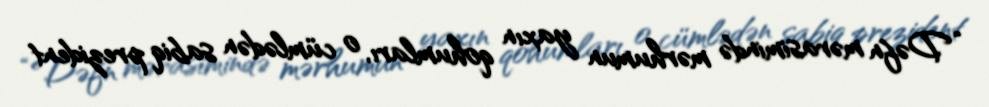
“Dəfn mərasimində mərhumun yaxın qohumları, o cümlədən sabiq prezident